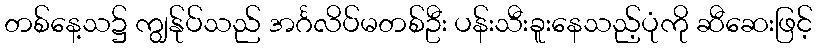
တစ်နေ့သ၌ ကျွန်ုပ်သည် အင်္ဂလိပ်မတစ်ဦး ပန်းသီးခူးနေသည့်ပုံကို ဆီဆေးဖြင့်